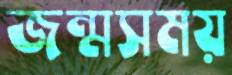
জন্মসময়